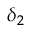
\delta _ { 2 }